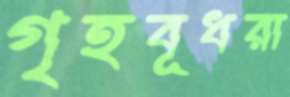
গৃহবূধরা